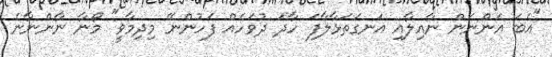
"އެބަ އަންނަން ނާއިލާއި އަނގަތަޅާލާފަ ހާދަ ދުވަހެއް ފަހުންނޭ މިދިމާވީ" މޯނާ ނާންނާނެ